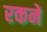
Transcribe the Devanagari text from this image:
रकने